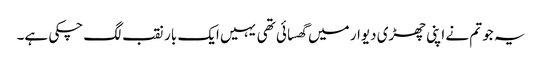
یہ جو تم نے اپنی چھڑی دیوار میں گھسائی تھی یہیں ایک بار نقب لگ چکی ہے۔